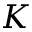
K